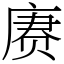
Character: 赓